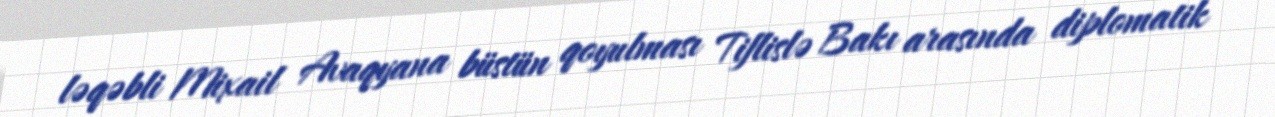
ləqəbli Mixail Avaqyana büstün qoyulması Tiflislə Bakı arasında diplomatik